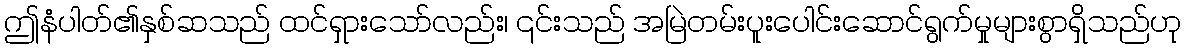
ဤနံပါတ်၏နှစ်ဆသည် ထင်ရှားသော်လည်း၊ ၎င်းသည် အမြဲတမ်းပူးပေါင်းဆောင်ရွက်မှုများစွာရှိသည်ဟု